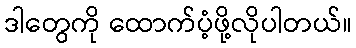
ဒါတွေကို ထောက်ပံ့ဖို့လိုပါတယ်။